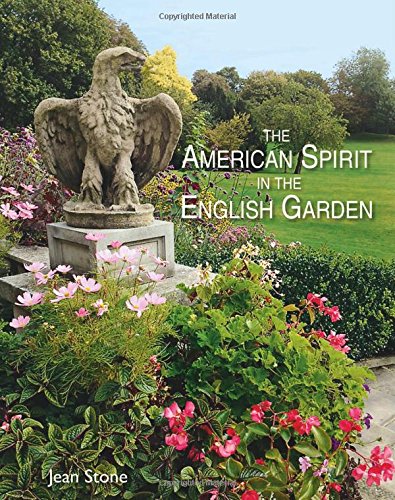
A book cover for The American Spirit in the English Garden; Jean Stone; Crafts, Hobbies & Home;